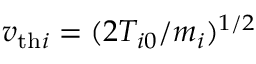
v _ { \mathrm { t h } i } = ( 2 T _ { i 0 } / m _ { i } ) ^ { 1 / 2 }